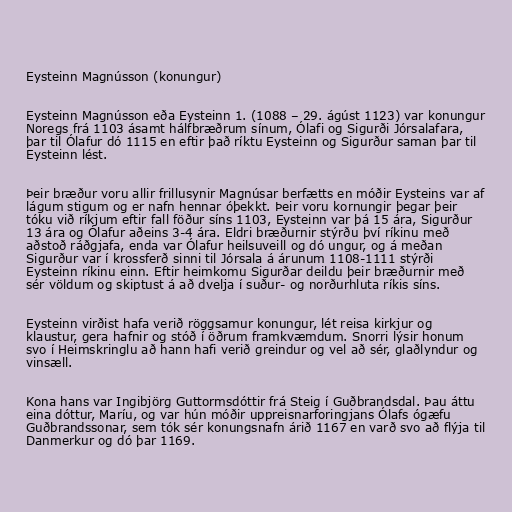
Eysteinn Magnússon (konungur)

Eysteinn Magnússon eða Eysteinn 1. (1088 – 29. ágúst 1123) var konungur
Noregs frá 1103 ásamt hálfbræðrum sínum, Ólafi og Sigurði Jórsalafara,
þar til Ólafur dó 1115 en eftir það ríktu Eysteinn og Sigurður saman þar til
Eysteinn lést.

Þeir bræður voru allir frillusynir Magnúsar berfætts en móðir Eysteins var af
lágum stigum og er nafn hennar óþekkt. Þeir voru kornungir þegar þeir
tóku við ríkjum eftir fall föður síns 1103, Eysteinn var þá 15 ára, Sigurður
13 ára og Ólafur aðeins 3-4 ára. Eldri bræðurnir stýrðu því ríkinu með
aðstoð ráðgjafa, enda var Ólafur heilsuveill og dó ungur, og á meðan
Sigurður var í krossferð sinni til Jórsala á árunum 1108-1111 stýrði
Eysteinn ríkinu einn. Eftir heimkomu Sigurðar deildu þeir bræðurnir með
sér völdum og skiptust á að dvelja í suður- og norðurhluta ríkis síns.

Eysteinn virðist hafa verið röggsamur konungur, lét reisa kirkjur og
klaustur, gera hafnir og stóð í öðrum framkvæmdum. Snorri lýsir honum
svo í Heimskringlu að hann hafi verið greindur og vel að sér, glaðlyndur og
vinsæll.

Kona hans var Ingibjörg Guttormsdóttir frá Steig í Guðbrandsdal. Þau áttu
eina dóttur, Maríu, og var hún móðir uppreisnarforingjans Ólafs ógæfu
Guðbrandssonar, sem tók sér konungsnafn árið 1167 en varð svo að flýja til
Danmerkur og dó þar 1169.